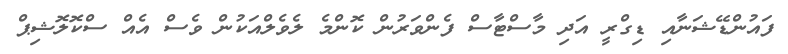
ފައުންޑޭޝަނާއި ޑިގްރީ އަދި މާސްޓާސް ފެންވަރުން ކޮންމެ ލެވެލްއަކުން ވެސް އެއް ސްކޮލޮޝިޕް